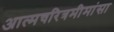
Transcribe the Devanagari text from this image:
अात्मचरित्रमीमांसा